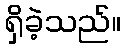
ရှိခဲ့သည်။